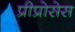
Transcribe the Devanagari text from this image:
प्रीप्रोसेस